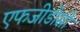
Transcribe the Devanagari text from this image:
एफजीडीसी